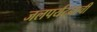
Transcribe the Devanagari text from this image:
जलपर्यटनाची